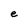
Character: e